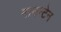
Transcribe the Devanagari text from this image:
माउन्‍टेन